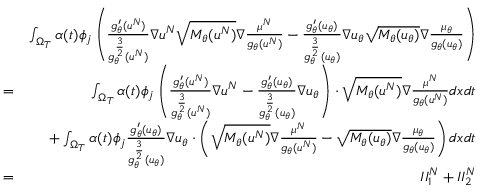
\begin{array} { r l r } & { } & \\ & { } & { \int _ { \Omega _ { T } } \alpha ( t ) \phi _ { j } \left( \frac { g _ { \theta } ^ { \prime } ( u ^ { N } ) } { g _ { \theta } ^ { \frac { 3 } { 2 } } ( u ^ { N } ) } \nabla u ^ { N } \sqrt { M _ { \theta } ( u ^ { N } ) } \nabla \frac { \mu ^ { N } } { g _ { \theta } ( u ^ { N } ) } - \frac { g _ { \theta } ^ { \prime } ( u _ { \theta } ) } { g _ { \theta } ^ { \frac { 3 } { 2 } } ( u _ { \theta } ) } \nabla u _ { \theta } \sqrt { M _ { \theta } ( u _ { \theta } ) } \nabla \frac { \mu _ { \theta } } { g _ { \theta } ( u _ { \theta } ) } \right) } \\ & { = } & { \int _ { \Omega _ { T } } \alpha ( t ) \phi _ { j } \left( \frac { g _ { \theta } ^ { \prime } ( u ^ { N } ) } { g _ { \theta } ^ { \frac { 3 } { 2 } } ( u ^ { N } ) } \nabla u ^ { N } - \frac { g _ { \theta } ^ { \prime } ( u _ { \theta } ) } { g _ { \theta } ^ { \frac { 3 } { 2 } } ( u _ { \theta } ) } \nabla u _ { \theta } \right) \cdot \sqrt { M _ { \theta } ( u ^ { N } ) } \nabla \frac { \mu ^ { N } } { g _ { \theta } ( u ^ { N } ) } d x d t } \\ & { } & { + \int _ { \Omega _ { T } } \alpha ( t ) \phi _ { j } \frac { g _ { \theta } ^ { \prime } ( u _ { \theta } ) } { g _ { \theta } ^ { \frac { 3 } { 2 } } ( u _ { \theta } ) } \nabla u _ { \theta } \cdot \left( \sqrt { M _ { \theta } ( u ^ { N } ) } \nabla \frac { \mu ^ { N } } { g _ { \theta } ( u ^ { N } ) } - \sqrt { M _ { \theta } ( u _ { \theta } ) } \nabla \frac { \mu _ { \theta } } { g _ { \theta } ( u _ { \theta } ) } \right) d x d t } \\ & { = } & { I I _ { 1 } ^ { N } + I I _ { 2 } ^ { N } } \end{array}